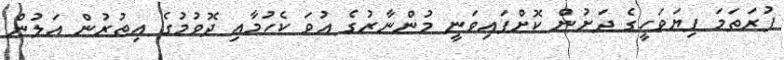
ފުރަތަމަ ފިޔަވަހީގެ ދަށުން ކޮށްފައިވަނީ މުންނާރުގެ އުވަ ކެހުމާއި ދޮވުމުގެ އިތުރުން އަލުން